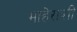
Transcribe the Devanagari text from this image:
माहेराशी